Newspaper: The Scranton tribune. [volume]
Place of publication: Scranton, Pa.
Publisher: Tribune Pub. Co.
Date: 1900-09-11 00:00:00
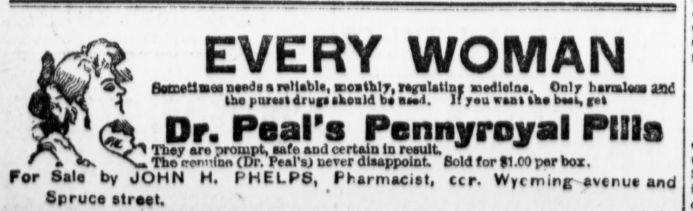
Advertisement text (OCR):
ami jVc& 0 Dr. Peal"s Pennyroyal PESils NvTbeyaro prompt, safe and certain in result. w Tbo rcni'.mo (Dr. Feal'ij never disappoint. Bold for S1.C0 per box. For Salo by JOHN Spruce street. H, PHELPS, EVERY WOMAN geantiidi a reliable, tnoithtr'auittiif medicine. Only haroal tha purest tit up ikould be at1. If yeu vast Ike bast, ret Pharmacist, ccr. Wycmintravcnu and
Label: illustrations